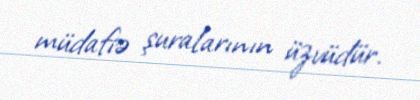
müdafiə şuralarının üzvüdür.